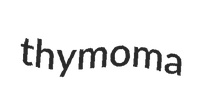
thymoma